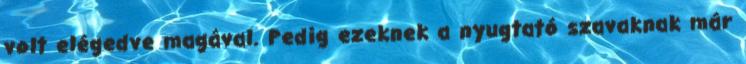
volt elégedve magával. Pedig ezeknek a nyugtató szavaknak már